Source: Handwritten
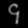
Digit: ၄ (4)